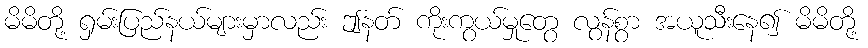
မိမိတို့ ရှမ်းပြည်နယ်များမှာလည်း ဤနတ် ကိုးကွယ်မှုတွေ လွန်စွာ အယူသီးနေ၍ မိမိတို့